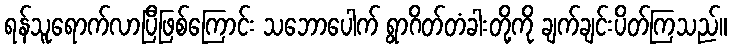
ရန်သူရောက်လာပြီဖြစ်ကြောင်း သဘောပေါက် ရွာဂိတ်တံခါးတို့ကို ချက်ချင်းပိတ်ကြသည်။